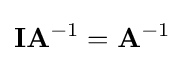
\mathbf {I} \mathbf {A} ^{-1}=\mathbf {A} ^{-1}